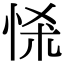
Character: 𢘹